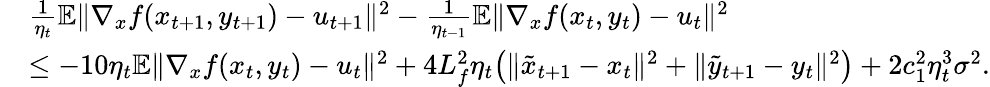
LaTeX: \begin{array}{rl}&{\frac{1}{\eta_{t}}\mathbb{E}\| \nabla_{x}f(x_{t+1},y_{t+1})-u_{t+1}\| ^{2}-\frac{1}{\eta_{t-1}}\mathbb{E}\| \nabla_{x}f(x_{t},y_{t})-u_{t}\| ^{2}}\\ &{\leq-10\eta_{t}\mathbb{E}\| \nabla_{x}f(x_{t},y_{t})-u_{t}\| ^{2}+4L_{f}^{2}\eta_{t}\big(\| \tilde{x}_{t+1}-x_{t}\| ^{2}+\| \tilde{y}_{t+1}-y_{t}\| ^{2}\big)+2c_{1}^{2}\eta_{t}^{3}\sigma^{2}.}\end{array}